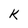
Character: k